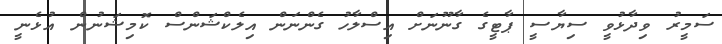
ސަމީރު ވިދާޅުވީ ސިޔާސީ ޕާޓީގެ ގާނޫނަށް އިސްލާހު ގެންނަން އިލެކްޝަންސް ކޮމިޝަނުން އުޅެނީ